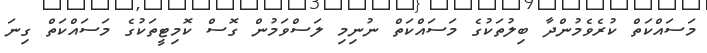
މަސައްކަތް ކުރެވެމުންދާ ބިލުތަކުގެ މަސައްކަތް ނުނިމި ލަސްވަމުން ގޮސް ކޮމިޓީތަކުގެ މަސައްކަތް ގިނަ